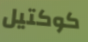
كوكتيل